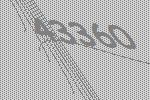
43360